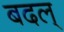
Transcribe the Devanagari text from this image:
बदल्